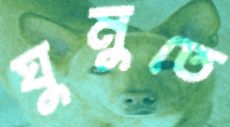
ঘুমুতে